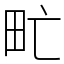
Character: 甿